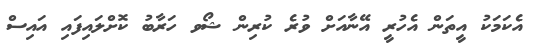
އެކަމަކު އީތަން އެހުރީ އޭނާއަށް ވުރެ ކުރިން ޝޯވ ހަރާބު ކޮށްލައިފައި އައިސް